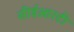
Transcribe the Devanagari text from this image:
सीईआरटी